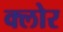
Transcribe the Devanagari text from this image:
क्लोर